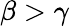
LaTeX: \beta>\gamma